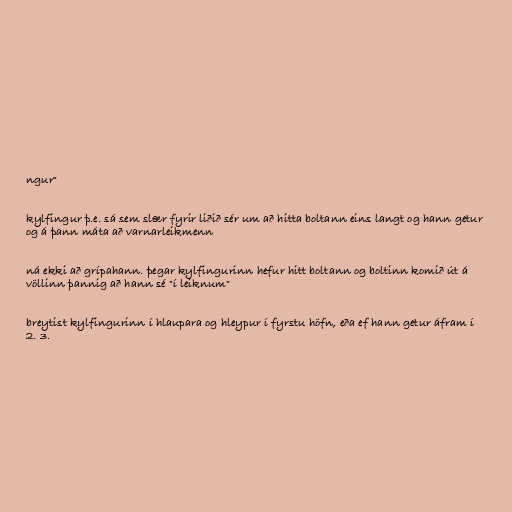
ngur"

kylfingur þ.e. sá sem slær fyrir liðið sér um að hitta boltann eins langt og hann getur
og á þann máta að varnarleikmenn

ná ekki að grípahann. þegar kylfingurinn hefur hitt boltann og boltinn komið út á
völlinn þannig að hann sé "í leiknum"

breytist kylfingurinn í hlaupara og hleypur í fyrstu höfn, eða ef hann getur áfram í
2. 3.